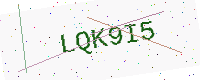
Text: LQK9I5